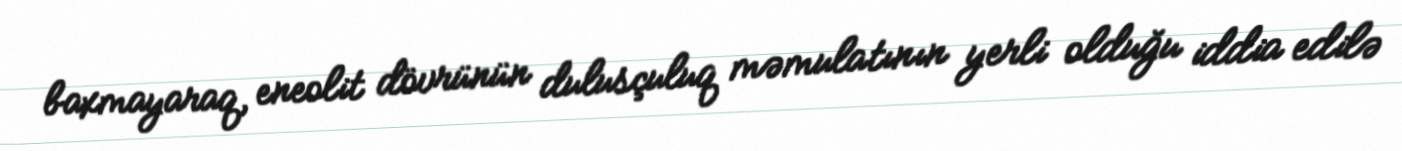
baxmayaraq, eneolit dövrünün dulusçuluq məmulatının yerli olduğu iddia edilə